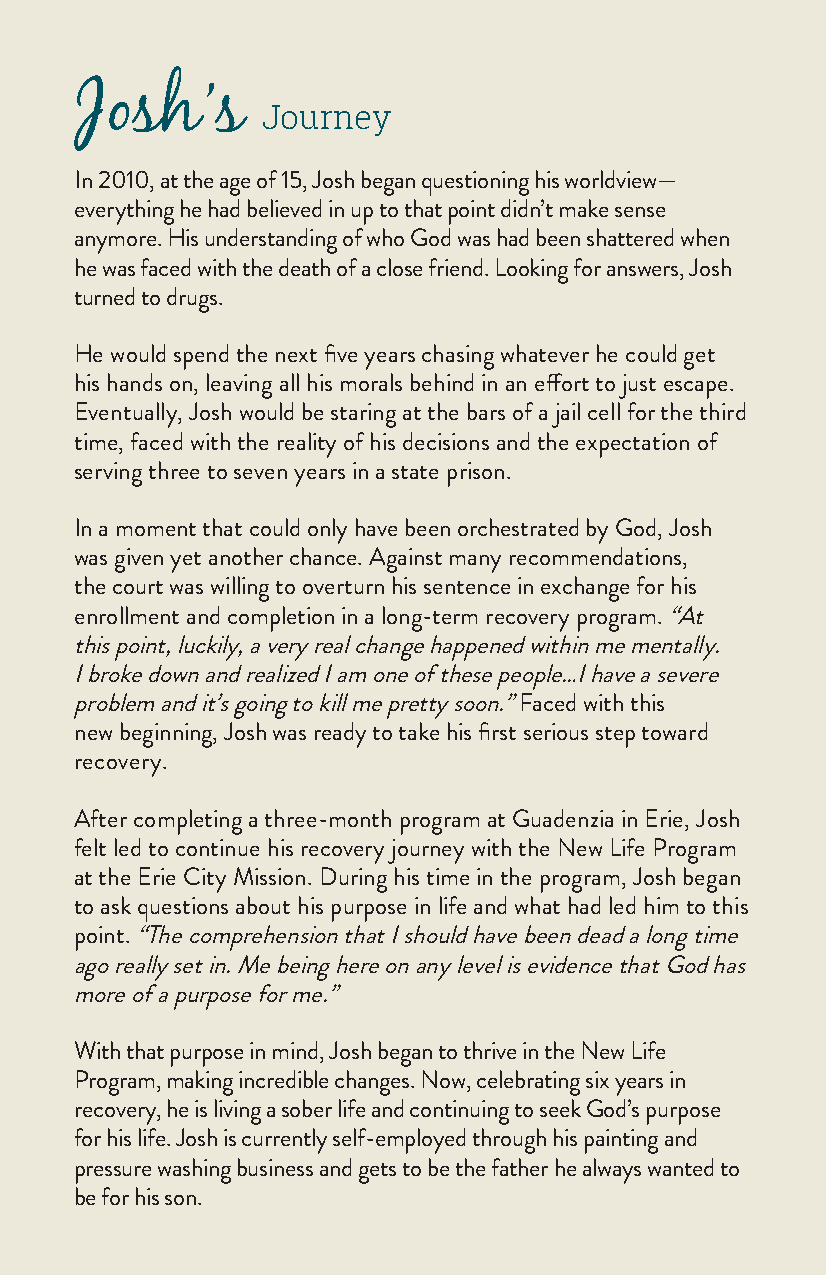
Josh’s
 Journey
 In 2010, at the age of 15, Josh began questioning his worldview—
 everything he had believed in up to that point didn’t make sense
 anymore. His understanding of who God was had been shattered when
 he was faced with the death of a close friend. Looking for answers, Josh
 turned to drugs.
 He would spend the next five years chasing whatever he could get
 his hands on, leaving all his morals behind in an effort to just escape.
 Eventually, Josh would be staring at the bars of a jail cell for the third
 time, faced with the reality of his decisions and the expectation of
 serving three to seven years in a state prison.
 In a moment that could only have been orchestrated by God, Josh
 was given yet another chance. Against many recommendations,
 the court was willing to overturn his sentence in exchange for his
 enrollment and completion in a long-term recovery program. “At
 this point, luckily, a very real change happened within me mentally.
 I broke down and realized I am one of these people…I have a severe
 problem and it’s going to kill me pretty soon.” Faced with this
 new beginning, Josh was ready to take his first serious step toward
 recovery.
 After completing a three-month program at Guadenzia in Erie, Josh
 felt led to continue his recovery journey with the New Life Program
 at the Erie City Mission. During his time in the program, Josh began
 to ask questions about his purpose in life and what had led him to this
 point. “The comprehension that I should have been dead a long time
 ago really set in. Me being here on any level is evidence that God has
 more of a purpose for me.”
 With that purpose in mind, Josh began to thrive in the New Life
 Program, making incredible changes. Now, celebrating six years in
 recovery, he is living a sober life and continuing to seek God’s purpose
 for his life. Josh is currently self-employed through his painting and
 pressure washing business and gets to be the father he always wanted to
 be for his son.